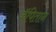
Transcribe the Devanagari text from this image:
कॅपितान